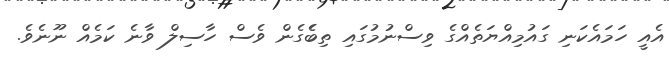
އެއީ ހަމައެކަނި ގައުމިއްޔަތެއްގެ ވިސްނުމުގައި ތިބެެގެން ވެސް ހާސިލް ވާނެ ކަމެއް ނޫނެވެ.